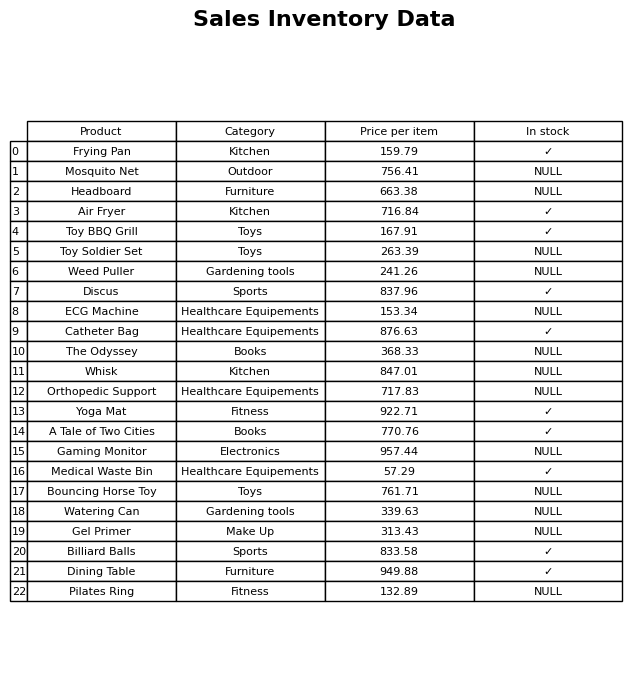
question: What is the price of the Watering Can?
answer: The price of Watering Can is 339.63.